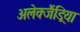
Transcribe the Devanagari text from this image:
अलेक्जैंड्रिया